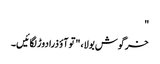
"
خرگوش بولا، "تو آؤ ذرا دوڑ لگائیں۔